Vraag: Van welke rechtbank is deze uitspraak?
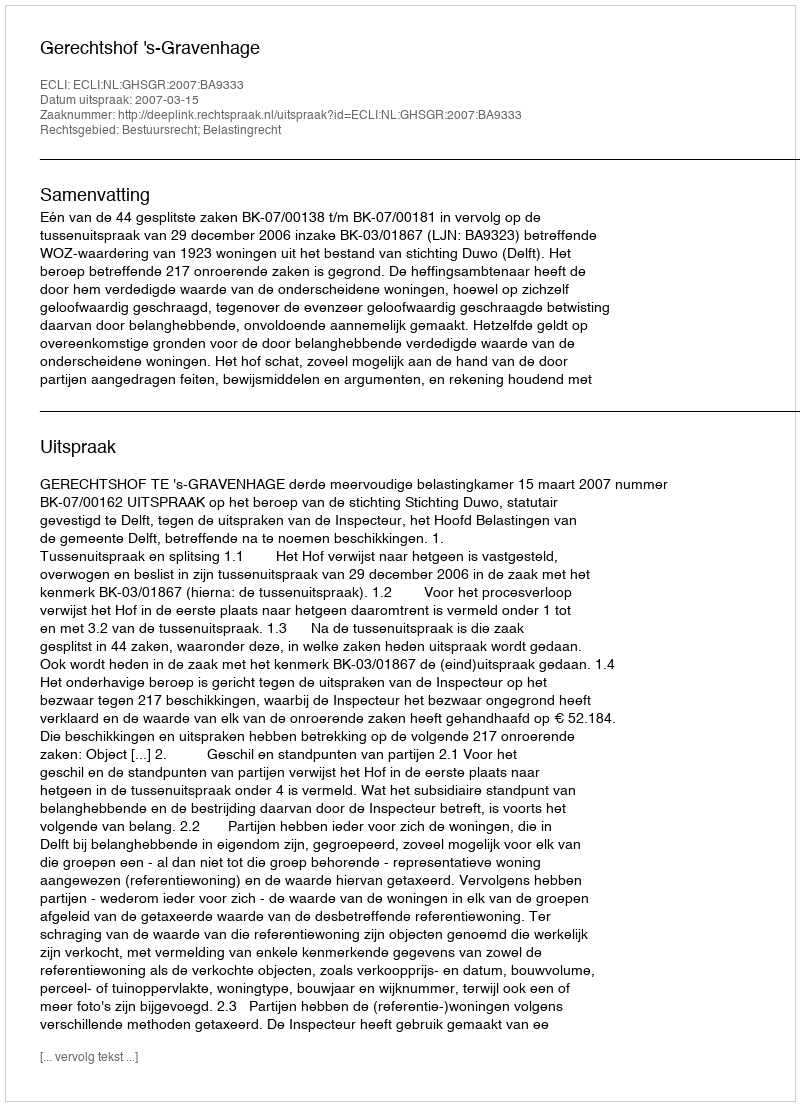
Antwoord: Gerechtshof 's-Gravenhage